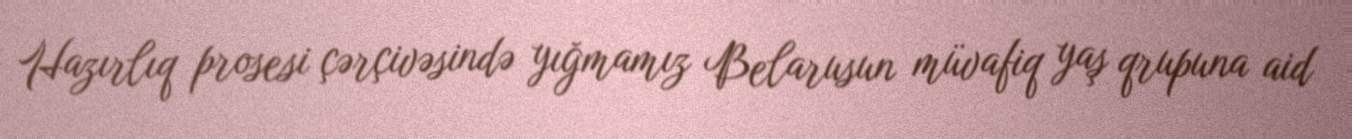
Hazırlıq prosesi çərçivəsində yığmamız Belarusun müvafiq yaş qrupuna aid